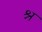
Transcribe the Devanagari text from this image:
श्न